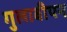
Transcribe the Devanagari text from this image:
गुलाबीपन